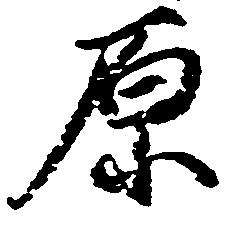
原